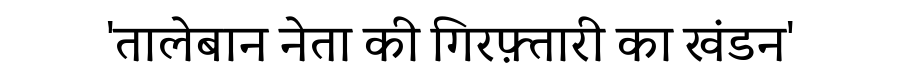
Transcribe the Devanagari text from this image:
'तालेबान नेता की गिरफ़्तारी का खंडन'